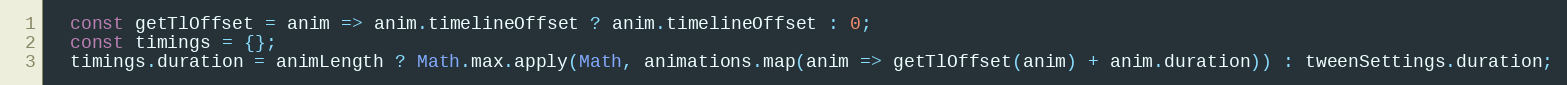
Language: JavaScript
  const getTlOffset = anim => anim.timelineOffset ? anim.timelineOffset : 0;
  const timings = {};
  timings.duration = animLength ? Math.max.apply(Math, animations.map(anim => getTlOffset(anim) + anim.duration)) : tweenSettings.duration;